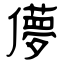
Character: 儚